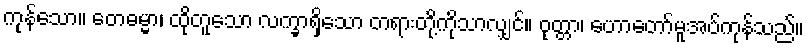
ကုန်သော။ တေဓမ္မာ၊ ထိုတူသော လက္ခာရှိသော တရားတို့ကိုသာလျှင်။ ဝုတ္တာ၊ ဟောတော်မူအပ်ကုန်သည်။